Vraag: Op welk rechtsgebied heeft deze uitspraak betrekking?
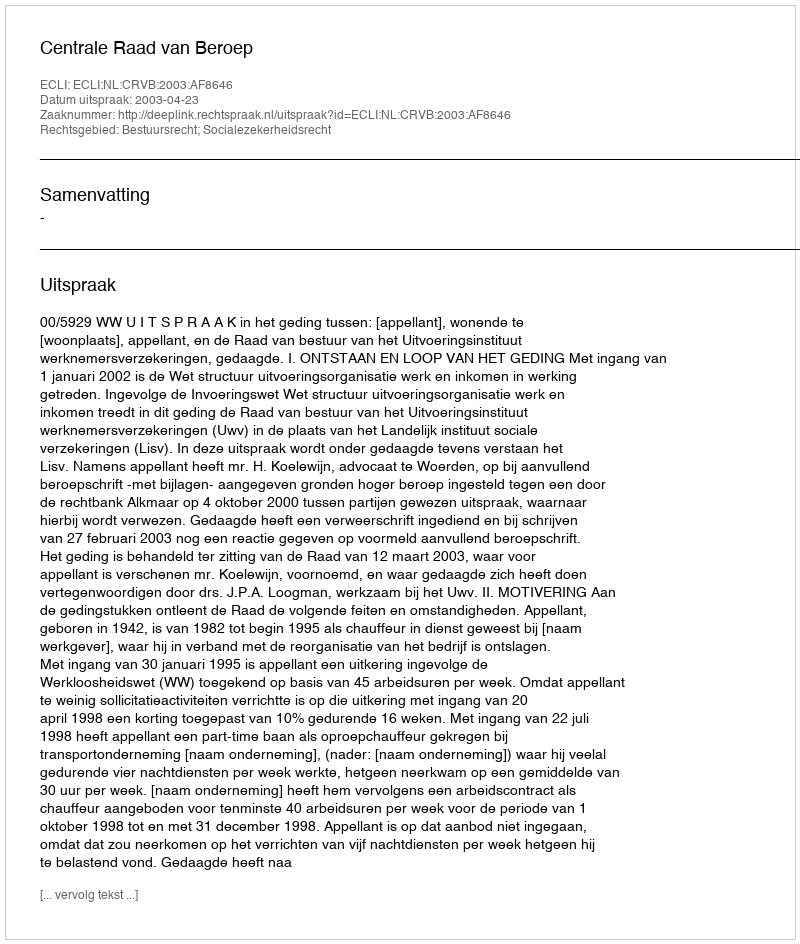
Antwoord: Bestuursrecht; Socialezekerheidsrecht